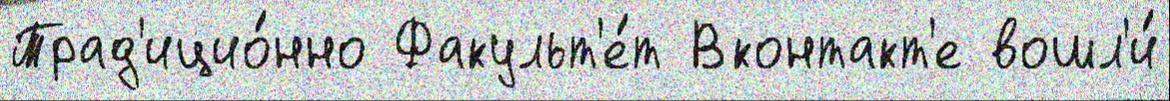
Трад'ицио́нно Факульт'е́т Вконтакт'е вошл'и́